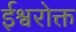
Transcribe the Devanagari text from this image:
ईश्वरोक्त